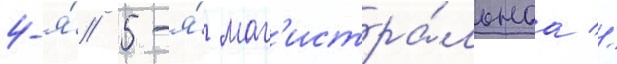
4-я́/ 5-я́ маг'истра́льнаа //